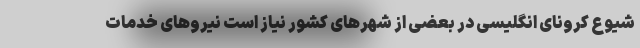
شیوع کرونای انگلیسی در بعضی از شهرهای کشور نیاز است نیروهای خدمات